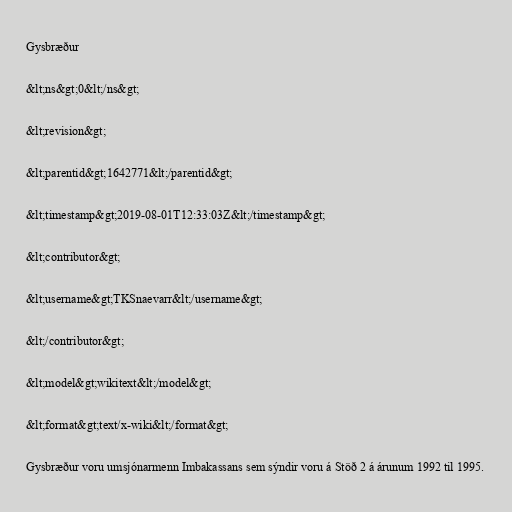
Gysbræður

&lt;ns&gt;0&lt;/ns&gt;

&lt;revision&gt;

&lt;parentid&gt;1642771&lt;/parentid&gt;

&lt;timestamp&gt;2019-08-01T12:33:03Z&lt;/timestamp&gt;

&lt;contributor&gt;

&lt;username&gt;TKSnaevarr&lt;/username&gt;

&lt;/contributor&gt;

&lt;model&gt;wikitext&lt;/model&gt;

&lt;format&gt;text/x-wiki&lt;/format&gt;

Gysbræður voru umsjónarmenn Imbakassans sem sýndir voru á Stöð 2 á árunum 1992 til 1995.